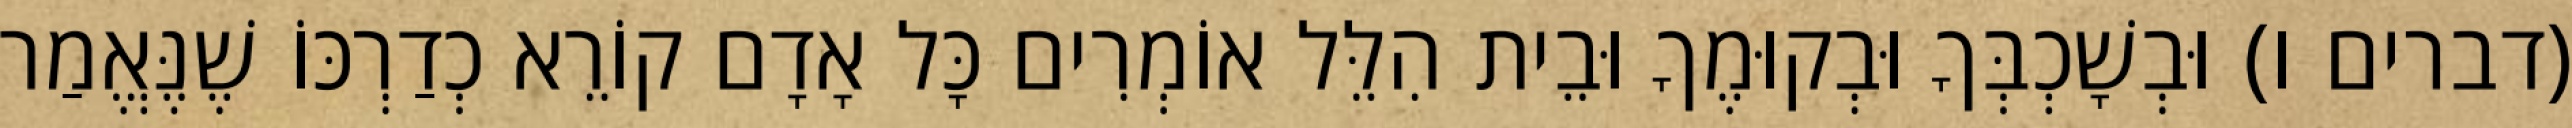
(דברים ו) וּבְשָׁכְבְּךָ וּבְקוּמֶךָ וּבֵית הִלֵּל אוֹמְרִים כָּל אָדָם קוֹרֵא כְדַרְכּוֹ שֶׁנֶּאֱמַר